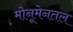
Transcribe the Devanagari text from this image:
मोनूमेनतल